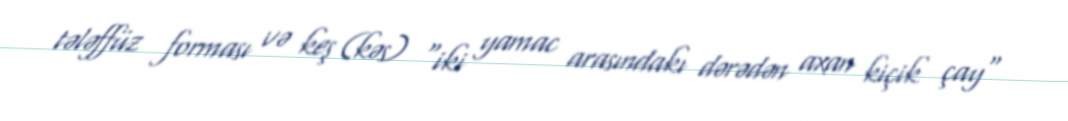
tələffüz forması və keş (kəs) "iki yamac arasındakı dərədən axan kiçik çay"